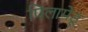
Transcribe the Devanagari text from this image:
पिलामेडू